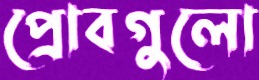
প্রোবগুলো